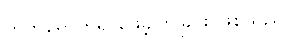
တက်ရောက်ရှာဖွေခဲ့ကြခြင်း ဖြစ်သည်။